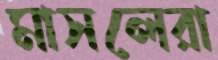
মাসলেরা